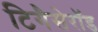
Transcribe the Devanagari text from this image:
टिगैसेरॉड